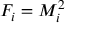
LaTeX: F _ { i } = M _ { i } ^ { 2 }